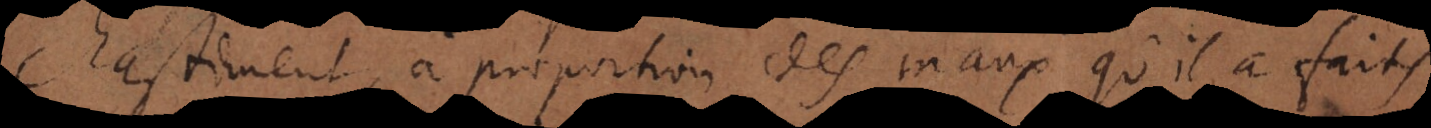
chastiment, à proportion des maux qu’il a faits